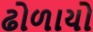
ઢોળાયો